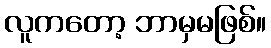
လူကတော့ ဘာမှမဖြစ်။